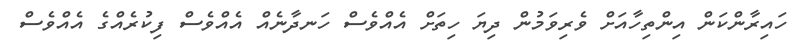
ހައިރާންކަން އިންތިހާއަށް ވެރިވަމުން ދިޔަ ހިތަށް އެއްވެސް ހަނދާނެއް އެއްވެސް ފިކުރެއްގެ އެއްވެސް